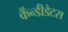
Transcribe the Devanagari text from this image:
कैंन्डीडेटस